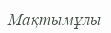
Мақтымұлы